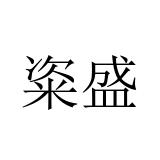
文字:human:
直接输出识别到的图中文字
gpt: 粢盛